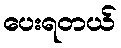
ပေးရတယ်